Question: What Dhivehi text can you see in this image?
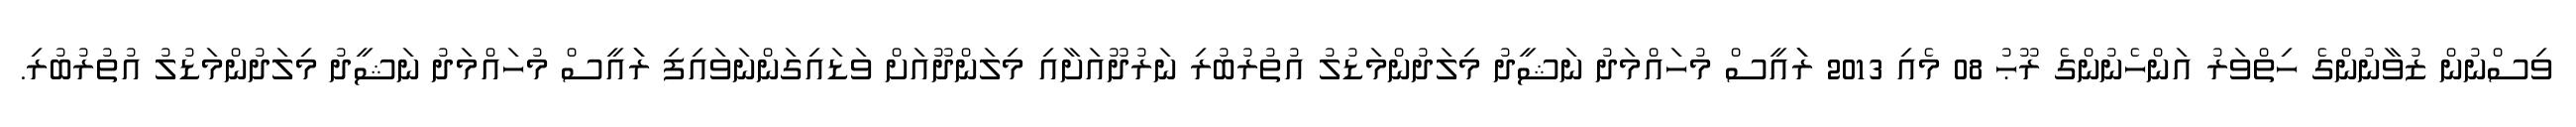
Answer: ވިސްނުން ޒުވާނުންގެ ހިތްވަރު އަންހެނުންގެ ރޫޙު 08 މެއި 2013 ރަައީސް މުހައްމަދު ނަޝީދު މިލަދުންމަޑުލު އުތުރުބުރި ނަރުދޫއަށާއި މިލަންދޫއަށް ވަޑައިގަންނަވައިފި ރަައީސް މުހައްމަދު ނަޝީދު މިލަދުންމަޑުލު އުތުރުބުރި.